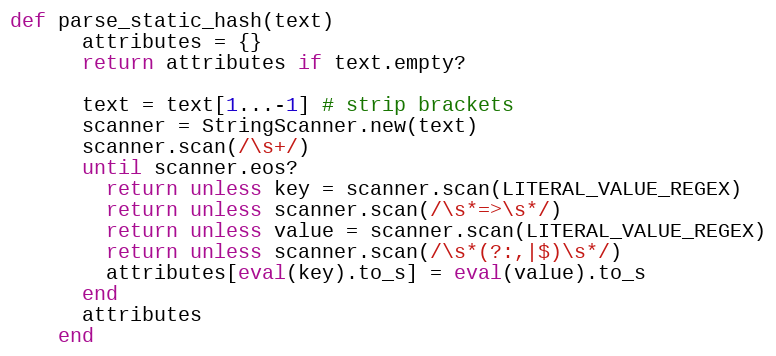
Language: Ruby
def parse_static_hash(text)
      attributes = {}
      return attributes if text.empty?

      text = text[1...-1] # strip brackets
      scanner = StringScanner.new(text)
      scanner.scan(/\s+/)
      until scanner.eos?
        return unless key = scanner.scan(LITERAL_VALUE_REGEX)
        return unless scanner.scan(/\s*=>\s*/)
        return unless value = scanner.scan(LITERAL_VALUE_REGEX)
        return unless scanner.scan(/\s*(?:,|$)\s*/)
        attributes[eval(key).to_s] = eval(value).to_s
      end
      attributes
    end